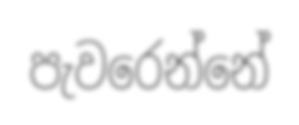
පැවරෙන්නේ